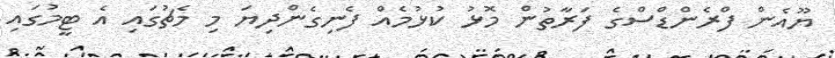
ޔޫއެން ފްރެންޑްސްގެ ފަރާތުން މޮޅު ކުޅުމެއް ފެނިގެންދިޔަ މި މެޗުގައި އެ ޓީމުގައި